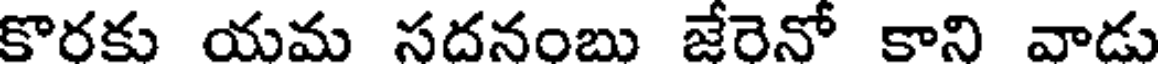
కొరకు యమ సదనంబు జేరెనో కాని వాడు